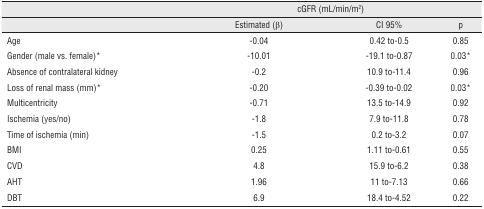
|  | <COLSPAN=2> cGFR (mL/min/m2) |  |
 |  | Estimated (β) | CI 95% | p |
 | --- | --- | --- | --- |
 | Age | −0.04 | 0.42 to−0.5 | 0.85 |
 | Gender (male vs. female)* | −10.01 | −19.1 to−0.87 | 0.03* |
 | Absence of contralateral kidney | −0.2 | 10.9 to−11.4 | 0.96 |
 | Loss of renal mass (mm)* | −0.20 | −0.39 to−0.02 | 0.03* |
 | Multicentricity | −0.71 | 13.5 to−14.9 | 0.92 |
 | Ischemia (yes/no) | −1.8 | 7.9 to−11.8 | 0.78 |
 | Time of ischemia (min) | −1.5 | 0.2 to−3.2 | 0.07 |
 | BMI | 0.25 | 1.11 to−0.61 | 0.55 |
 | CVD | 4.8 | 15.9 to−6.2 | 0.38 |
 | AHT | 1.96 | 11 to−7.13 | 0.66 |
 | DBT | 6.9 | 18.4 to−4.52 | 0.22 |